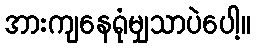
အားကျနေရုံမျှသာပဲပေါ့။